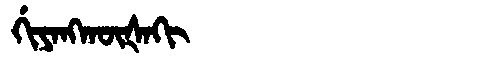
Manchu: ᡤᡳᠶᠠᠩᡴᡡᡧᠠᡴᡳ
Romanization: GIYANGKŪŠAKI